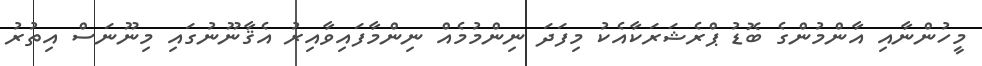
މީހުންނާއި އާންމުންގެ ބޮޑު ޕްރެޝަރަކާއެކު މިފަދަ ނިންމުމެއް ނިންމާފައިވާއިރު އެޤާނޫނުގައި މިނޫނަސް އިތުރު